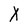
Character: X